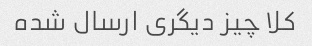
کلا چیز دیگری ارسال شده